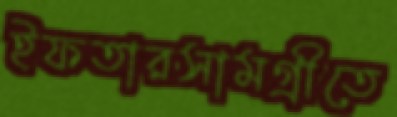
ইফতারসামগ্রীতে